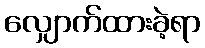
လျှောက်ထားခဲ့ရာ